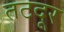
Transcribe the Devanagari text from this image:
तटदूर